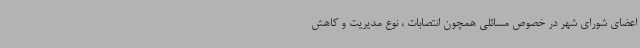
اعضای شورای شهر در خصوص مسائلی همچون انتصابات ، نوع مدیریت و کاهش